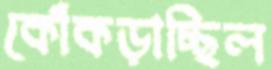
কোঁকড়াচ্ছিল